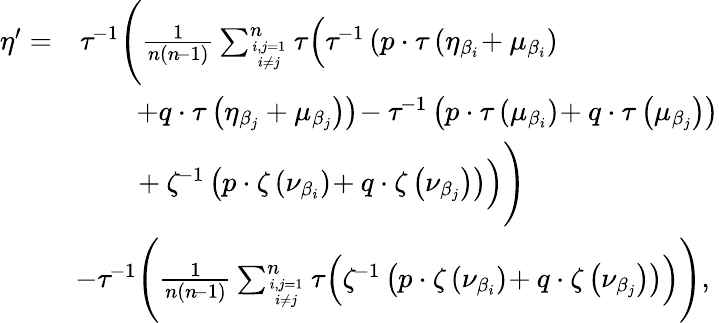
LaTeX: \begin{array}{rl}{\eta^{\prime}=}&{\tau^{\! -1}\Bigg(\frac{1}{n(n\! -1)}\sum_{i,j=1\atop i\neq j}^{n}\tau\Big(\tau^{\! -1}\left(p\cdot\tau\left(\eta_{\beta_{i}}\! +\mu_{\beta_{i}}\right)\right.\Big.\Bigg.}\\ &{\left.\quad\quad+q\cdot\tau\left(\eta_{\beta_{j}}+\mu_{\beta_{j}}\right)\right)\! -\tau^{\! -1}\left(p\cdot\tau\left(\mu_{\beta_{i}}\right)\! +q\cdot\tau\left(\mu_{\beta_{j}}\right)\right)}\\ &{\Bigg.\Big.\quad\quad\! +\zeta^{\! -1}\left(p\cdot\zeta\left(\nu_{\beta_{i}}\right)\! +q\cdot\zeta\left(\nu_{\beta_{j}}\right)\right)\Big)\Bigg)}\\ &{\! -\tau^{\! -1}\Bigg(\frac{1}{n(n\! -1)}\sum_{i,j=1\atop i\neq j}^{n}\tau\Big(\zeta^{\! -1}\left(p\cdot\zeta\left(\nu_{\beta_{i}}\right)\! +q\cdot\zeta\left(\nu_{\beta_{j}}\right)\right)\Big)\Bigg),}\end{array}